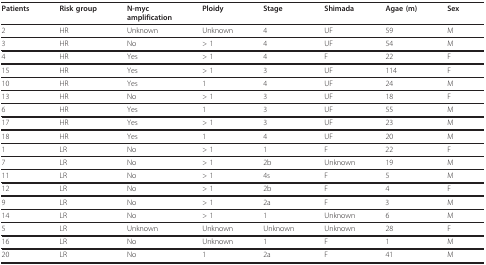
<table><thead><tr><td><b>Patients</b></td><td><b>Risk group</b></td><td><b>N-mycamplification</b></td><td><b>Ploidy</b></td><td><b>Stage</b></td><td><b>Shimada</b></td><td><b>Agae (m)</b></td><td><b>Sex</b></td></tr></thead><tbody><tr><td>2</td><td>HR</td><td>Unknown</td><td>Unknown</td><td>4</td><td>UF</td><td>59</td><td>M</td></tr><tr><td>3</td><td>HR</td><td>No</td><td>&gt; 1</td><td>4</td><td>UF</td><td>54</td><td>M</td></tr><tr><td>4</td><td>HR</td><td>Yes</td><td>&gt; 1</td><td>4</td><td>F</td><td>22</td><td>F</td></tr><tr><td>15</td><td>HR</td><td>Yes</td><td>&gt; 1</td><td>3</td><td>UF</td><td>114</td><td>F</td></tr><tr><td>10</td><td>HR</td><td>Yes</td><td>1</td><td>4</td><td>UF</td><td>24</td><td>M</td></tr><tr><td>13</td><td>HR</td><td>No</td><td>&gt; 1</td><td>3</td><td>UF</td><td>18</td><td>F</td></tr><tr><td>6</td><td>HR</td><td>Yes</td><td>1</td><td>3</td><td>UF</td><td>55</td><td>M</td></tr><tr><td>17</td><td>HR</td><td>Yes</td><td>&gt; 1</td><td>3</td><td>UF</td><td>23</td><td>M</td></tr><tr><td>18</td><td>HR</td><td>Yes</td><td>1</td><td>4</td><td>UF</td><td>20</td><td>M</td></tr><tr><td>1</td><td>LR</td><td>No</td><td>&gt; 1</td><td>1</td><td>F</td><td>22</td><td>F</td></tr><tr><td>7</td><td>LR</td><td>No</td><td>&gt; 1</td><td>2b</td><td>Unknown</td><td>19</td><td>M</td></tr><tr><td>11</td><td>LR</td><td>No</td><td>&gt; 1</td><td>4s</td><td>F</td><td>5</td><td>M</td></tr><tr><td>12</td><td>LR</td><td>No</td><td>&gt; 1</td><td>2b</td><td>F</td><td>4</td><td>F</td></tr><tr><td>9</td><td>LR</td><td>No</td><td>&gt; 1</td><td>2a</td><td>F</td><td>3</td><td>M</td></tr><tr><td>14</td><td>LR</td><td>No</td><td>&gt; 1</td><td>1</td><td>Unknown</td><td>6</td><td>M</td></tr><tr><td>5</td><td>LR</td><td>Unknown</td><td>Unknown</td><td>Unknown</td><td>Unknown</td><td>28</td><td>F</td></tr><tr><td>16</td><td>LR</td><td>No</td><td>Unknown</td><td>1</td><td>F</td><td>1</td><td>M</td></tr><tr><td>20</td><td>LR</td><td>No</td><td>1</td><td>2a</td><td>F</td><td>41</td><td>M</td></tr></tbody></table>